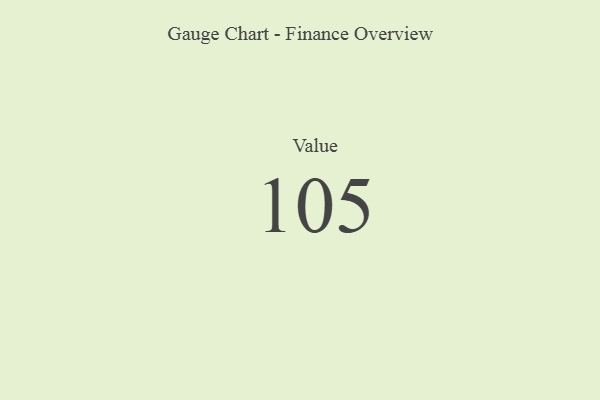
{"axis": {"x": "Metric", "y": "Value"}, "legend": [""], "data": [{"x": "Value", "y": 105, "type": ""}]}